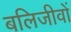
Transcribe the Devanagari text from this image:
बलिजीवों